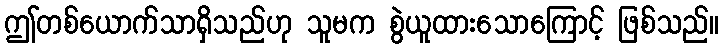
ဤတစ်ယောက်သာရှိသည်ဟု သူမက စွဲယူထားသောကြောင့် ဖြစ်သည်။